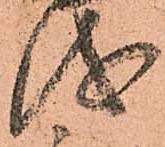
儀